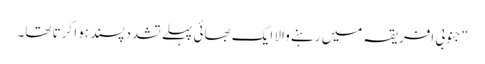
‏“‏ جنوبی افریقہ میں رہنے والا ایک بھائی پہلے تشددپسند ہوا کرتا تھا۔